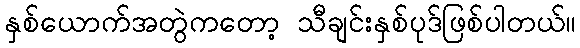
နှစ်ယောက်အတွဲကတော့ သီချင်းနှစ်ပုဒ်ဖြစ်ပါတယ်။